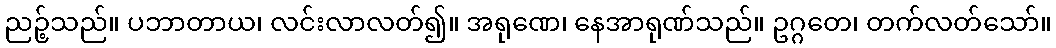
ညဉ့်သည်။ ပဘာတာယ၊ လင်းလာလတ်၍။ အရုဏေ၊ နေအာရုဏ်သည်။ ဥဂ္ဂတေ၊ တက်လတ်သော်။